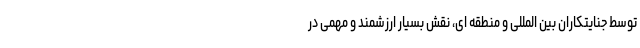
توسط جنایتکاران بین المللی و منطقه ای، نقش بسیار ارزشمند و مهمی در